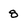
Character: 8